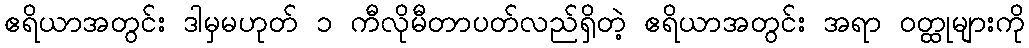
ဧရိယာအတွင်း ဒါမှမဟုတ် ၁ ကီလိုမီတာပတ်လည်ရှိတဲ့ ဧရိယာအတွင်း အရာ ဝတ္ထုများကို